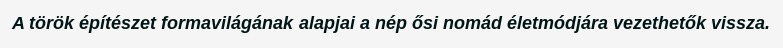
A török építészet formavilágának alapjai a nép ősi nomád életmódjára vezethetők vissza.